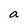
Character: a